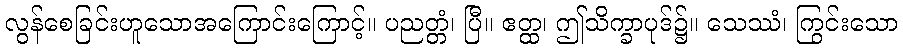
လွန်စေခြင်းဟူသောအကြောင်းကြောင့်။ ပညတ္တံ၊ ပြီ။ ဧတ္ထ၊ ဤသိက္ခာပုဒ်၌။ သေဿံ၊ ကြွင်းသော